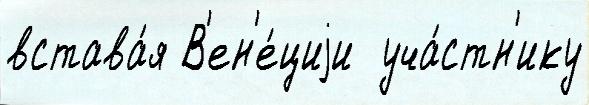
встава́я В'ен'е́циjи  уча́стн'ику